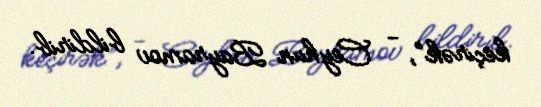
keçirək”, - Ceyhun Bayramov bildirib.